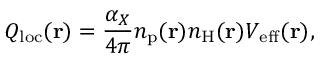
Q _ { \mathrm { l o c } } ( \mathbf { r } ) = \frac { \alpha _ { X } } { 4 \pi } n _ { \mathrm { p } } ( \mathbf { r } ) n _ { \mathrm { H } } ( \mathbf { r } ) V _ { \mathrm { e f f } } ( \mathbf { r } ) ,